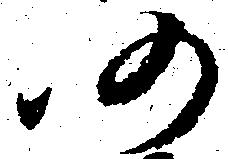
仍